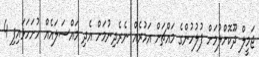
ޖަމީލް ދޫކޮށްލުމަށް ފުލުހުންގެ މައްޗަށް އަމުރެއް ނެރެދިނުމަށް އެދި މައްސަލައެއް ހުށަހަޅައިފި 4